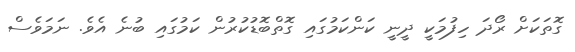
ގޮތަކަށް ރޯދަ ހިފުމަކީ ދީނީ ކަންކަމުގައި ގޮތްބޮޑުކުރުން ކަމުގައި ބުނެ އެވެ. ނަމަވެސް